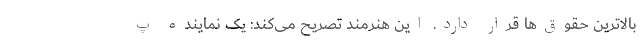
بالاترین حقوق‌ها قرار دارد. این هنرمند تصریح می‌کند: یک نماینده پ